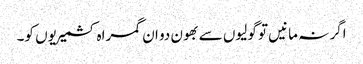
اگر نہ مانیں تو گولیوں سے بھون دو ان گمراہ کشمیریوں کو۔